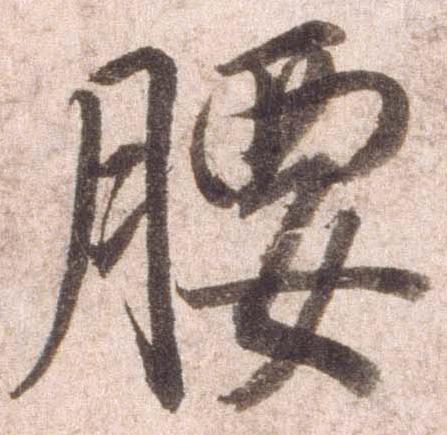
腰